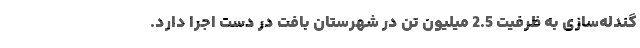
گندله‌سازی به ظرفیت 2.5 میلیون تن در شهرستان بافت در دست اجرا دارد.